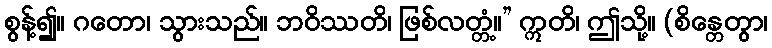
စွန့်၍။ ဂတော၊ သွားသည်။ ဘဝိဿတိ၊ ဖြစ်လတ္တံ့။” ဣတိ၊ ဤသို့။ (စိန္တေတွာ၊